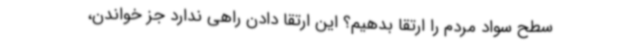
سطح سواد مردم را ارتقا بدهیم؟ این ارتقا دادن راهی ندارد جز خواندن،